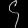
Digit: ၄